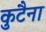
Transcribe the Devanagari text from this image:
कुटैना